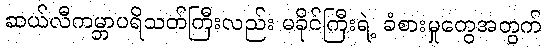
ဆယ်လီကမ္ဘာပရိသတ်ကြီးလည်း မခိုင်ကြီးရဲ့ ခံစားမှုတွေအတွက်